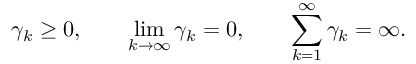
\gamma _ { k } \geq 0 , \qquad \operatorname* { l i m } _ { k \to \infty } \gamma _ { k } = 0 , \qquad \sum _ { k = 1 } ^ { \infty } \gamma _ { k } = \infty .